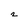
Character: 2